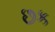
છક